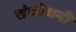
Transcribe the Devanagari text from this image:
संकोचनी